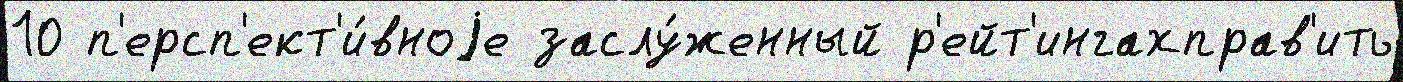
10 п'ерсп'ект'и́вноjе заслу́женный р'ейт'ингахправ'ить